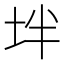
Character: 坢